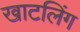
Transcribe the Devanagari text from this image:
खाटलिंग